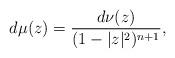
LaTeX: \begin{align*} d\mu(z)=\frac {d\nu(z)}{(1-|z|^2)^{n+1}},\end{align*}